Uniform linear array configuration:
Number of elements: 32
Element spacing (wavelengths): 0.5
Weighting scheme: binomial
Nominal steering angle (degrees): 45
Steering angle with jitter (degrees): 44.004
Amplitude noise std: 0.05
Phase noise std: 0.05

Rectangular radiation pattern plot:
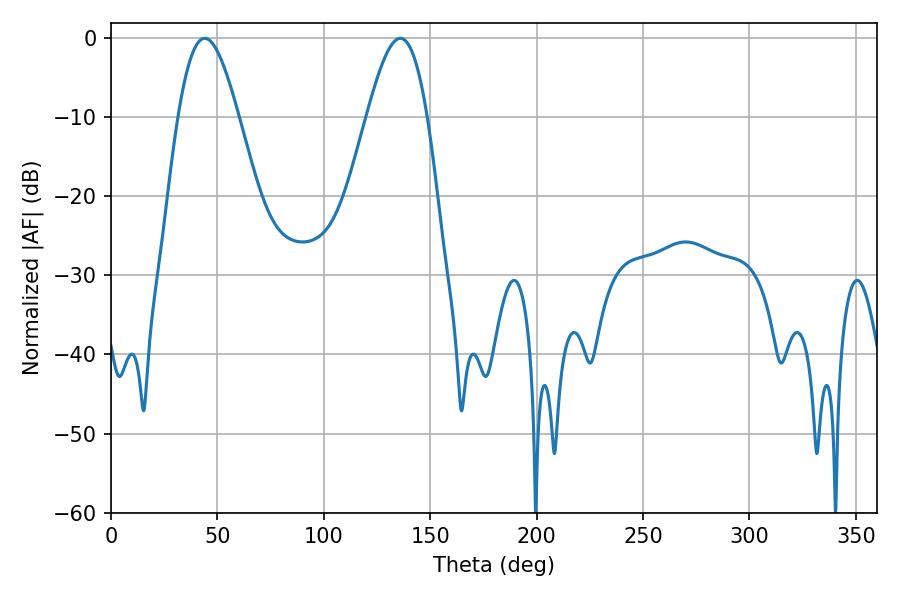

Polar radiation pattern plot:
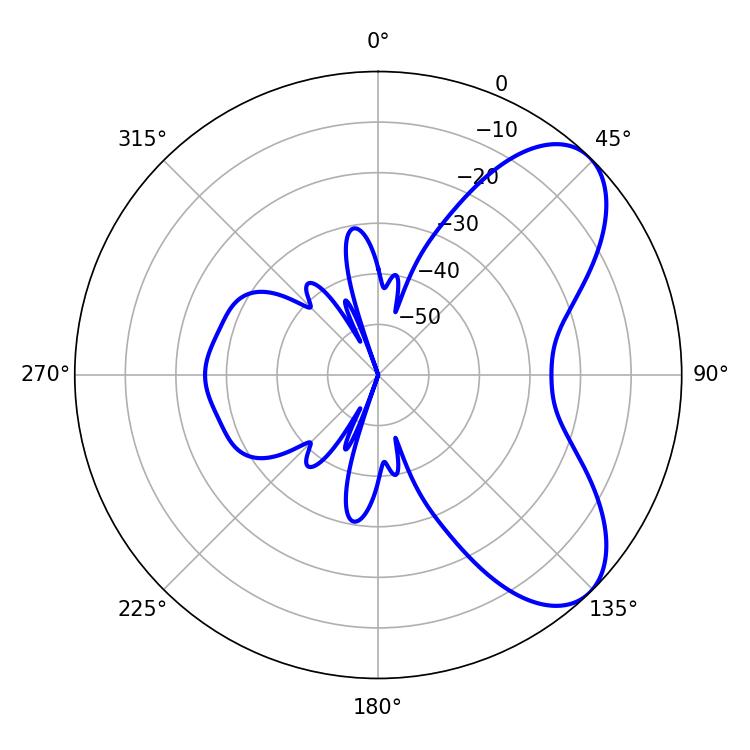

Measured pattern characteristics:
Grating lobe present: FALSE
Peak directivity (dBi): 6.88
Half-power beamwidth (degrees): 15.3
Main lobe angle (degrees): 44.1